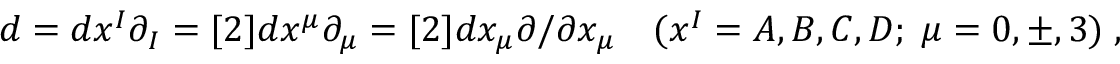
d = d x ^ { I } \partial _ { I } = [ 2 ] d x ^ { \mu } \partial _ { \mu } = [ 2 ] d x _ { \mu } \partial / \partial x _ { \mu } \quad ( x ^ { I } = A , B , C , D ; \; \mu = 0 , \pm , 3 ) \; ,